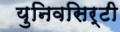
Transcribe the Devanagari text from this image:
युनिवसिर्टी